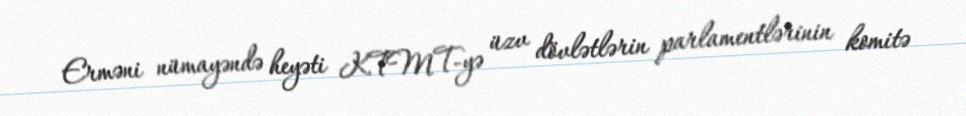
Erməni nümayəndə heyəti KTMT-yə üzv dövlətlərin parlamentlərinin komitə